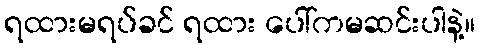
ရထားမရပ်ခင် ရထား ပေါ်ကမဆင်းပါနဲ့။